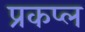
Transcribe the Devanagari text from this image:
प्रकप्ल